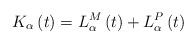
LaTeX: \begin{align*}K_{\alpha }\left( t\right) =L_{\alpha }^{M}\left( t\right) +L_{\alpha}^{P}\left( t\right) \end{align*}